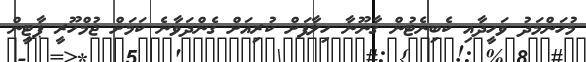
މުހަންމަދު ވަހީދާއި ކެބިނެޓުން ގާނޫނާ ހިލާފަށް ކުރިއަށް ގެންދަވާނެ ކަމަށް ޖުމްހޫރީ ޕާޓީން